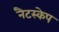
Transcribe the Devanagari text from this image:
नैटस्केप